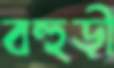
বহুড়ী